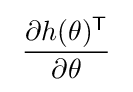
\;{\frac {\partial h(\theta )^{\mathsf {T}}}{\partial \theta }}\;